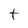
Character: t